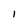
Character: l